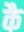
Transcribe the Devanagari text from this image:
कै